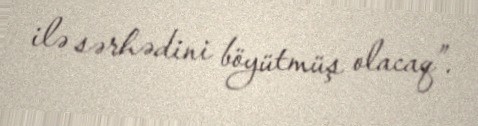
ilə sərhədini böyütmüş olacaq”.